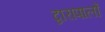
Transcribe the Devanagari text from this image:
द्वारापालों